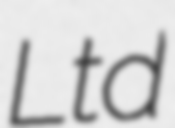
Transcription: Ltd